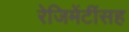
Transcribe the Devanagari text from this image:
रेजिमेंटींसह